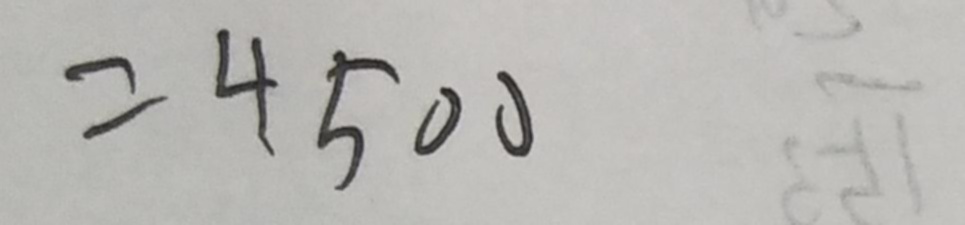
= 4 5 0 0